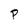
Character: P